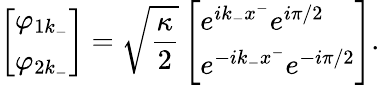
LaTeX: \left[\begin{array}{l}{{\varphi_{1k_{-}}}}\\ {{\varphi_{2k_{-}}}}\end{array}\right]=\sqrt{{\frac{\kappa}{2}}}\left[\begin{array}{l}{{e^{ik_{-}x^{-}}e^{i\pi/2}}}\\ {{e^{-ik_{-}x^{-}}e^{-i\pi/2}}}\end{array}\right].